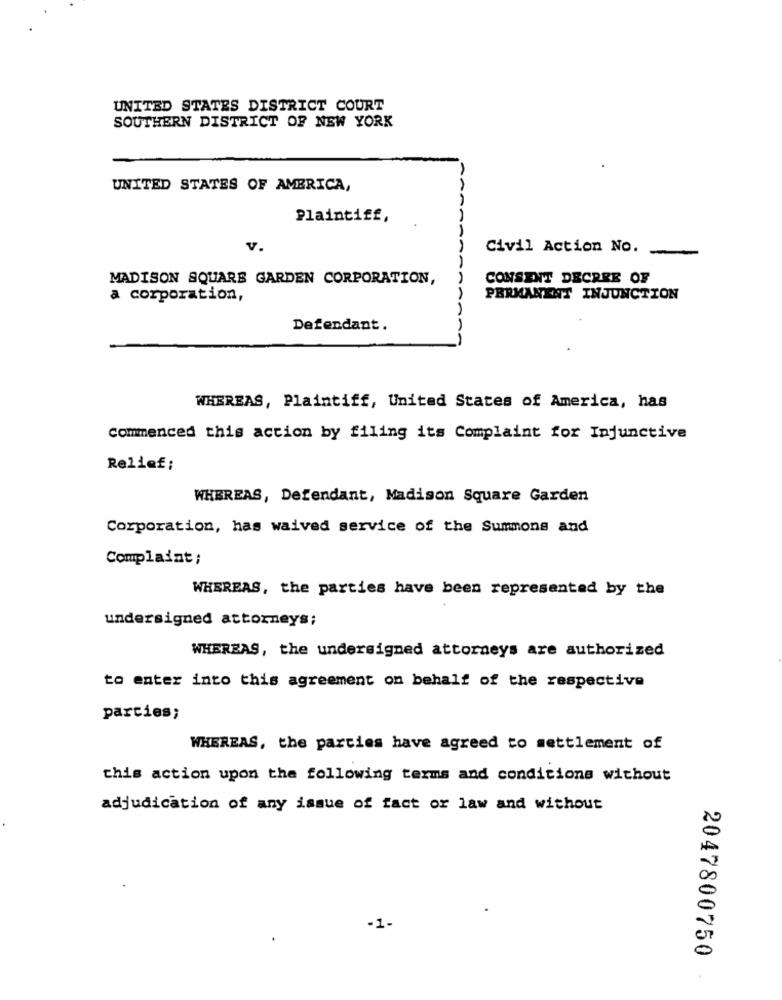
UNITED STATES DISTRICT COURT
SOUTHERN DISTRICT OF NEW YORK
UNITED STATES OF AMERICA,
Plaintiff,
V.
Civil Action No.
MADISON SQUARE GARDEN CORPORATION,
CONSENT DECREE OF
a corporation,
PERMANENT INJUNCTION
Defendant.
WHEREAS, Plaintiff, United States of America, has
commenced this action by filing its Complaint for Injunctive
Relief;
WHEREAS, Defendant, Madison Square Garden
Corporation, has waived service of the Summons and
Complaint;
WHEREAS, the parties have been represented by the
undersigned attorneys;
WHEREAS, the undersigned attorneys are authorized
to enter into this agreement on behalf of the respective
parties;
WHEREAS, the parties have agreed to settlement of
this action upon the following terms and conditions without
adjudication of any issue of fact or law and without
-1-
2047800750